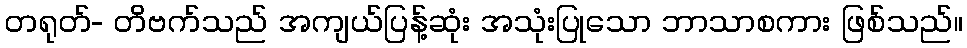
တရုတ်- တိဗက်သည် အကျယ်ပြန့်ဆုံး အသုံးပြုသော ဘာသာစကား ဖြစ်သည်။